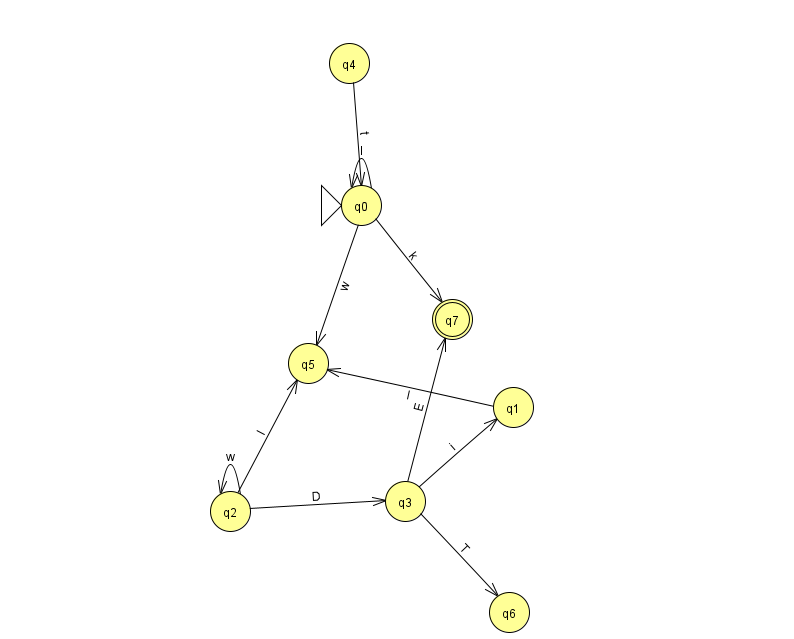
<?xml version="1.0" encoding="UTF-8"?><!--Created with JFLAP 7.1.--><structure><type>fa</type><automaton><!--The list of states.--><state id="0" name="q0"><x>361.0</x><y>192.0</y><initial/></state><state id="1" name="q1"><x>513.0</x><y>394.0</y></state><state id="2" name="q2"><x>230.0</x><y>498.0</y></state><state id="3" name="q3"><x>405.0</x><y>488.0</y></state><state id="4" name="q4"><x>349.0</x><y>50.0</y></state><state id="5" name="q5"><x>308.0</x><y>350.0</y></state><state id="6" name="q6"><x>509.0</x><y>599.0</y></state><state id="7" name="q7"><x>452.0</x><y>306.0</y><final/></state><!--The list of transitions.--><transition><from>4</from><to>0</to><read>t</read></transition><transition><from>3</from><to>6</to><read>T</read></transition><transition><from>3</from><to>7</to><read>E</read></transition><transition><from>2</from><to>3</to><read>D</read></transition><transition><from>2</from><to>5</to><read>I</read></transition><transition><from>3</from><to>1</to><read>i</read></transition><transition><from>2</from><to>2</to><read>w</read></transition><transition><from>0</from><to>0</to><read>I</read></transition><transition><from>0</from><to>5</to><read>w</read></transition><transition><from>0</from><to>7</to><read>k</read></transition><transition><from>1</from><to>5</to><read>l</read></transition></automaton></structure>